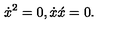
\dot { x } ^ { 2 } = 0 , \dot { x } \acute { x } = 0 .